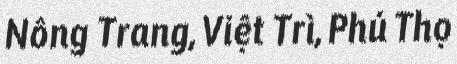
Nông Trang, Việt Trì, Phú Thọ